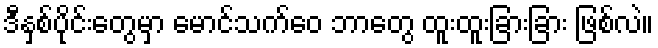
ဒီနှစ်ပိုင်းတွေမှာ မောင်သက်ဝေ ဘာတွေ ထူးထူးခြားခြား ဖြစ်လဲ။